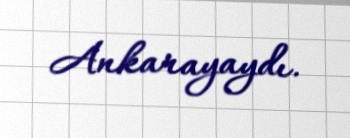
Ankarayaydı.